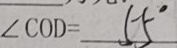
\angle C O D = 5 5 ^ { \circ }